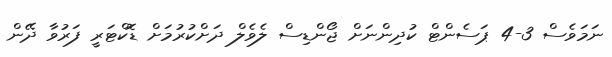
ނަމަވެސް 3-4 ޕަސެންޓް ކުދިންނަށް ޖޯންޑިސް ލެވެލް ދަށްކުރުމަށް ޑޮކްޓަރީ ފަރުވާ ދޭން